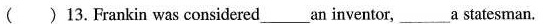
( )13.Frankin was considered___an inventor,___a statesman.